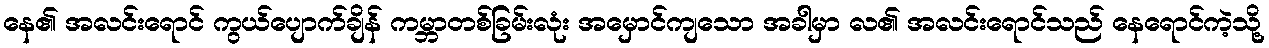
နေ၏ အလင်းရောင် ကွယ်ပျောက်ချိန် ကမ္ဘာတစ်ခြမ်းလုံး အမှောင်ကျသော အခါမှာ လ၏ အလင်းရောင်သည် နေရောင်ကဲ့သို့